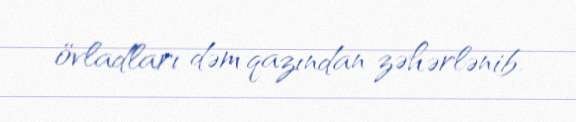
övladları dəm qazından zəhərlənib.